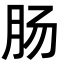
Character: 肠